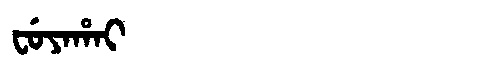
Manchu: ᠸᡠᠶᠠᡥᠠᡳ
Romanization: FUYAHAI